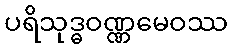
ပရိသုဒ္ဓဝဏ္ဏမေဝဿ